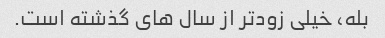
بله، خیلی زودتر از سال های گذشته است.